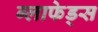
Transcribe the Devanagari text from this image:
ग्लाफेड्स